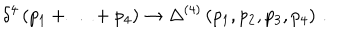
LaTeX: \delta ^ { 4 } \left( p _ { 1 } + \ldots + p _ { 4 } \right) \to \Delta ^ { ( 4 ) } \left( p _ { 1 } , p _ { 2 } , p _ { 3 } , p _ { 4 } \right) \, .